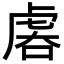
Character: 𧆱